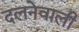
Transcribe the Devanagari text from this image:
दलनेवाली